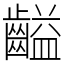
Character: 齸